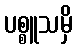
ပစ္စူသမှိ